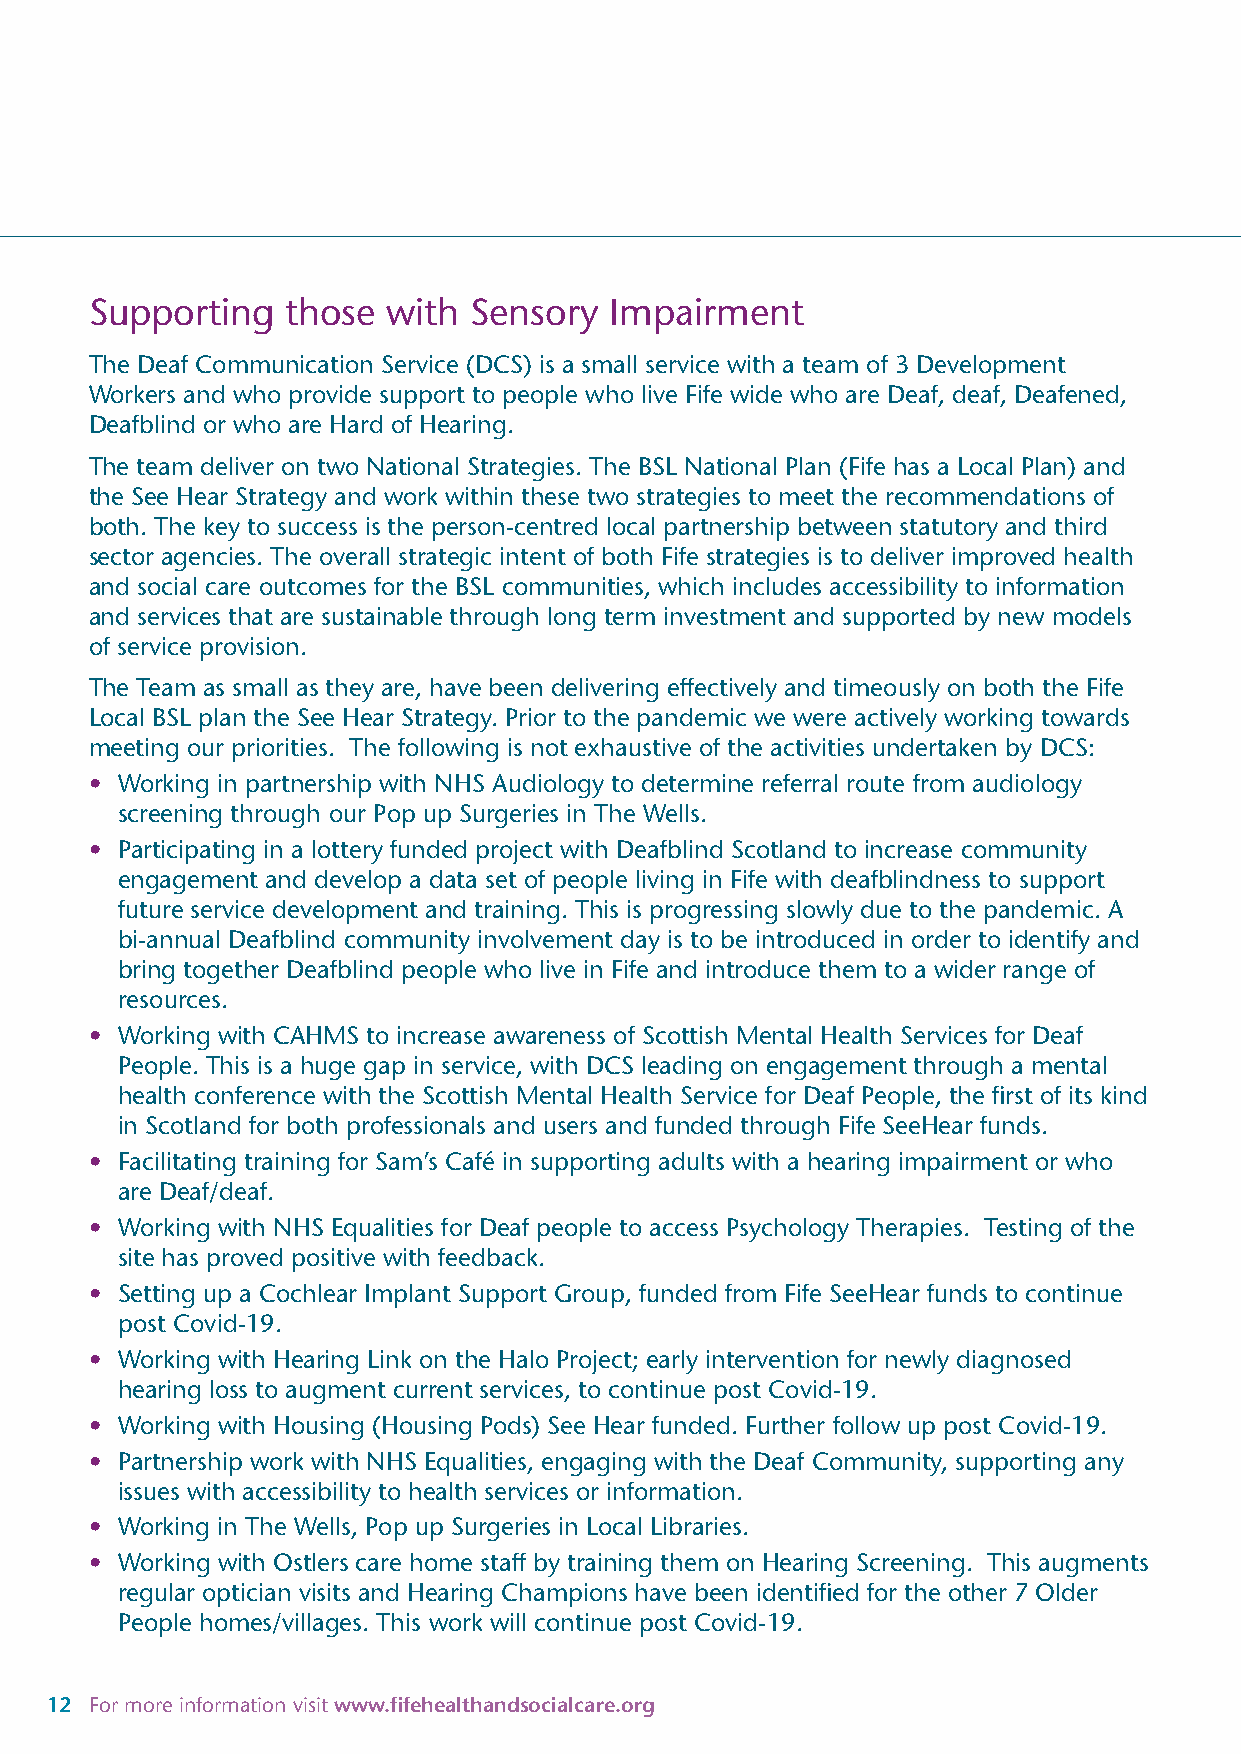
Supporting   those  with Sensory  Impairment
 The Deaf Communication Service (DCS) is a small service with a team of 3 Development
 Workers and who provide support to people who live Fife wide who are Deaf, deaf, Deafened,
 Deafblind or who are Hard of Hearing.
 The team deliver on two National Strategies. The BSL National Plan (Fife has a Local Plan) and
 the See Hear Strategy and work within these two strategies to meet the recommendations of
 both. The key to success is the person-centred local partnership between statutory and third
 sector agencies. The overall strategic intent of both Fife strategies is to deliver improved health
 and social care outcomes for the BSL communities, which includes accessibility to information
 and services that are sustainable through long term investment and supported by new models
 of service provision.
 The Team as small as they are, have been delivering effectively and timeously on both the Fife
 Local BSL plan the See Hear Strategy. Prior to the pandemic we were actively working towards
 meeting our priorities. The following is not exhaustive of the activities undertaken by DCS:
 • Working in partnership with NHS Audiology to determine referral route from audiology
 screening through our Pop up Surgeries in The Wells.
 • Participating in a lottery funded project with Deafblind Scotland to increase community
 engagement and develop a data set of people living in Fife with deafblindness to support
 future service development and training. This is progressing slowly due to the pandemic. A
 bi-annual Deafblind community involvement day is to be introduced in order to identify and
 bring together Deafblind people who live in Fife and introduce them to a wider range of
 resources.
 • Working with CAHMS to increase awareness of Scottish Mental Health Services for Deaf
 People. This is a huge gap in service, with DCS leading on engagement through a mental
 health conference with the Scottish Mental Health Service for Deaf People, the first of its kind
 in Scotland for both professionals and users and funded through Fife SeeHear funds.
 • Facilitating training for Sam’s Café in supporting adults with a hearing impairment or who
 are Deaf/deaf.
 • Working with NHS Equalities for Deaf people to access Psychology Therapies. Testing of the
 site has proved positive with feedback.
 • Setting up a Cochlear Implant Support Group, funded from Fife SeeHear funds to continue
 post Covid-19.
 • Working with Hearing Link on the Halo Project; early intervention for newly diagnosed
 hearing loss to augment current services, to continue post Covid-19.
 • Working with Housing (Housing Pods) See Hear funded. Further follow up post Covid-19.
 • Partnership work with NHS Equalities, engaging with the Deaf Community, supporting any
 issues with accessibility to health services or information.
 • Working in The Wells, Pop up Surgeries in Local Libraries.
 • Working with Ostlers care home staff by training them on Hearing Screening. This augments
 regular optician visits and Hearing Champions have been identified for the other 7 Older
 People homes/villages. This work will continue post Covid-19.
 12 For more information visit www.fifehealthandsocialcare.org